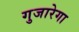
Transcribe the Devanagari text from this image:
गुजारेगा